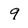
Character: 9